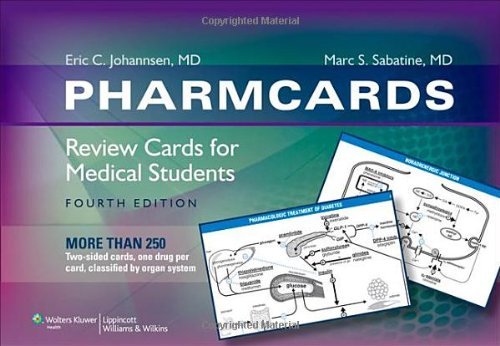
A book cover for PharmCards: Review Cards for Medical Students; Eric C. Johannsen; Test Preparation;